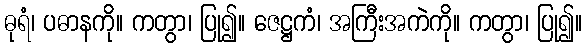
ဓုရံ၊ ပဓာနကို။ ကတွာ၊ ပြု၍။ ဇေဋ္ဌကံ၊ အကြီးအကဲကို။ ကတွာ၊ ပြု၍။